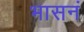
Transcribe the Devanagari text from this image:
भासनं